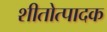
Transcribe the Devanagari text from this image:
शीतोत्पादक